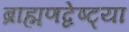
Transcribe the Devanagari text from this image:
ब्राह्मणद्वेष्ट्या